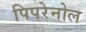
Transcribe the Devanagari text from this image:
पिपरेनोल